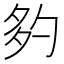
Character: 𡖑